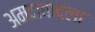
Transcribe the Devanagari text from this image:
अमदावादला